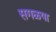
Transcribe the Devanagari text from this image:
सगळया